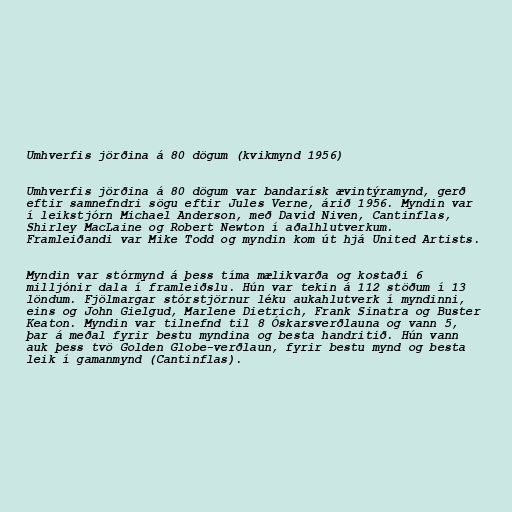
Umhverfis jörðina á 80 dögum (kvikmynd 1956)

Umhverfis jörðina á 80 dögum var bandarísk ævintýramynd, gerð
eftir samnefndri sögu eftir Jules Verne, árið 1956. Myndin var
í leikstjórn Michael Anderson, með David Niven, Cantinflas,
Shirley MacLaine og Robert Newton í aðalhlutverkum.
Framleiðandi var Mike Todd og myndin kom út hjá United Artists.

Myndin var stórmynd á þess tíma mælikvarða og kostaði 6
milljónir dala í framleiðslu. Hún var tekin á 112 stöðum í 13
löndum. Fjölmargar stórstjörnur léku aukahlutverk í myndinni,
eins og John Gielgud, Marlene Dietrich, Frank Sinatra og Buster
Keaton. Myndin var tilnefnd til 8 Óskarsverðlauna og vann 5,
þar á meðal fyrir bestu myndina og besta handritið. Hún vann
auk þess tvö Golden Globe-verðlaun, fyrir bestu mynd og besta
leik í gamanmynd (Cantinflas).